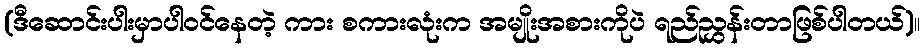
(ဒီဆောင်းပါးမှာပါဝင်နေတဲ့ ကား စကားလုံးက အမျိုးအစားကိုပဲ ရည်ညွှန်းတာဖြစ်ပါတယ်)။